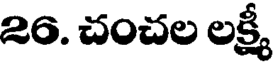
26. చంచల లక్ష్మీ